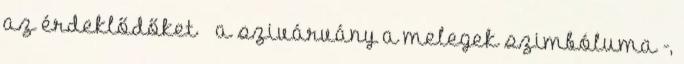
az érdeklődőket – a szivárvány a melegek szimbóluma -,